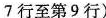
7行至第9行)